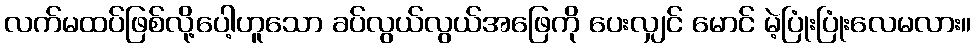
လက်မထပ်ဖြစ်လို့ပေါ့ဟူသော ခပ်လွယ်လွယ်အဖြေကို ပေးလျှင် မောင် မဲ့ပြုံးပြုံးလေမလား။